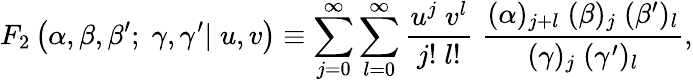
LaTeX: F_{2}\left(\alpha,\beta,\beta^{\prime};\; \gamma,\gamma^{\prime}|\; u,v\right)\equiv\sum_{j=0}^{\infty}\sum_{l=0}^{\infty}\frac{u^{j}\; v^{l}}{j!\; l!}\; \frac{(\alpha)_{j+l}\; (\beta)_{j}\; (\beta^{\prime})_{l}}{(\gamma)_{j}\; (\gamma^{\prime})_{l}},